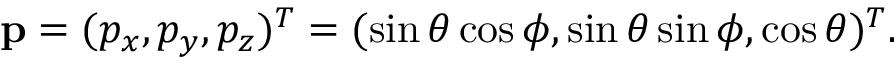
\mathbf { p } = ( p _ { x } , p _ { y } , p _ { z } ) ^ { T } = ( \sin { \theta } \cos { \phi } , \sin { \theta } \sin { \phi } , \cos { \theta } ) ^ { T } .